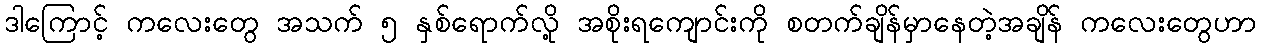
ဒါကြောင့် ကလေးတွေ အသက် ၅ နှစ်ရောက်လို့ အစိုးရကျောင်းကို စတက်ချိန်မှာနေတဲ့အချိန် ကလေးတွေဟာ